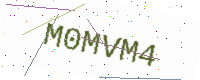
Text: M0MVM4